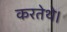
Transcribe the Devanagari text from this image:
करतेथे।